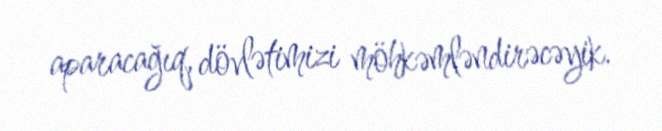
aparacağıq, dövlətimizi möhkəmləndirəcəyik.